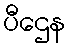
ပီဌေန